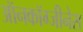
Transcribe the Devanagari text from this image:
ऑनकॉग्जीनेस